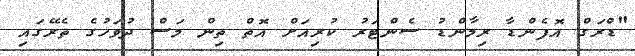
"ޑްރަގް އޮފެންޑާ ރިމާންޑު ސެންޓަރު ކުރިއަށް އޮތް ތިން މަސް ދުވަހުގެ ތެރޭގައި